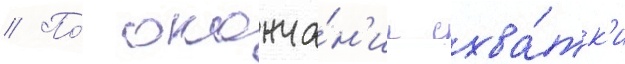
// По́ оконча́н'ии схва́тк'и